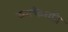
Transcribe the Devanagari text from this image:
व्यक्तिगति